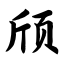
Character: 颀